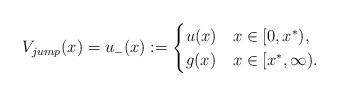
LaTeX: \begin{align*} V_{jump}(x)=u_-(x):=\begin{cases} u(x) &x\in [0,x^*),\\ g(x) &x\in [x^*,\infty). \end{cases} \end{align*}